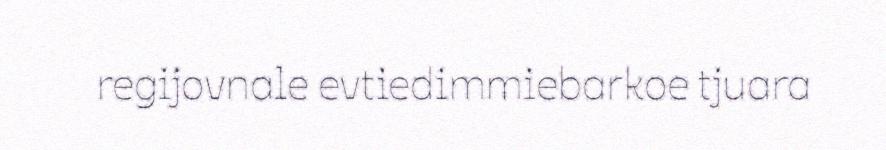
regijovnale evtiedimmiebarkoe tjuara